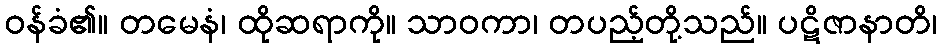
ဝန်ခံ၏။ တမေနံ၊ ထိုဆရာကို။ သာဝကာ၊ တပည့်တို့သည်။ ပဋိဇာနာတိ၊